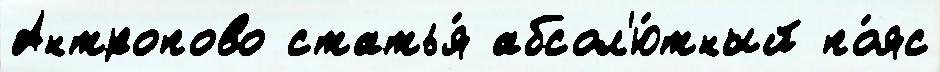
Антропово статья́ абсол'ю́тный по́яс